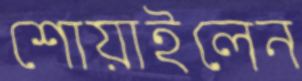
শোয়াইলেন